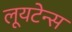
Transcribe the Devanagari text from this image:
लूयटेन्स